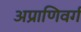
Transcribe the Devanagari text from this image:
अप्राणिवर्ग